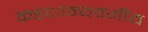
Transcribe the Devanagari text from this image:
कडधान्यवर्गीय